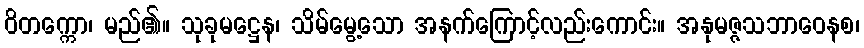
ဝိတက္ကော၊ မည်၏။ သုခုမဋ္ဌေန၊ သိမ်မွေ့သော အနက်ကြောင့်လည်းကောင်း။ အနုမဇ္ဇသဘာဝေနစ၊